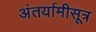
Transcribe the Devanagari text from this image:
अंतर्यामीसूत्र